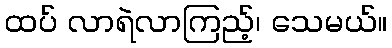
ထပ် လာရဲလာကြည့်၊ သေမယ်။